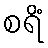
စရိံ